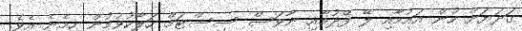
ގަދަޔަށް ހުން އައުމާއި ލޭ ފޭދުމާއި ނާވަސް ސިސްޓަމް ހަލާކުވުމުން ހިމެނެ އެވެ.